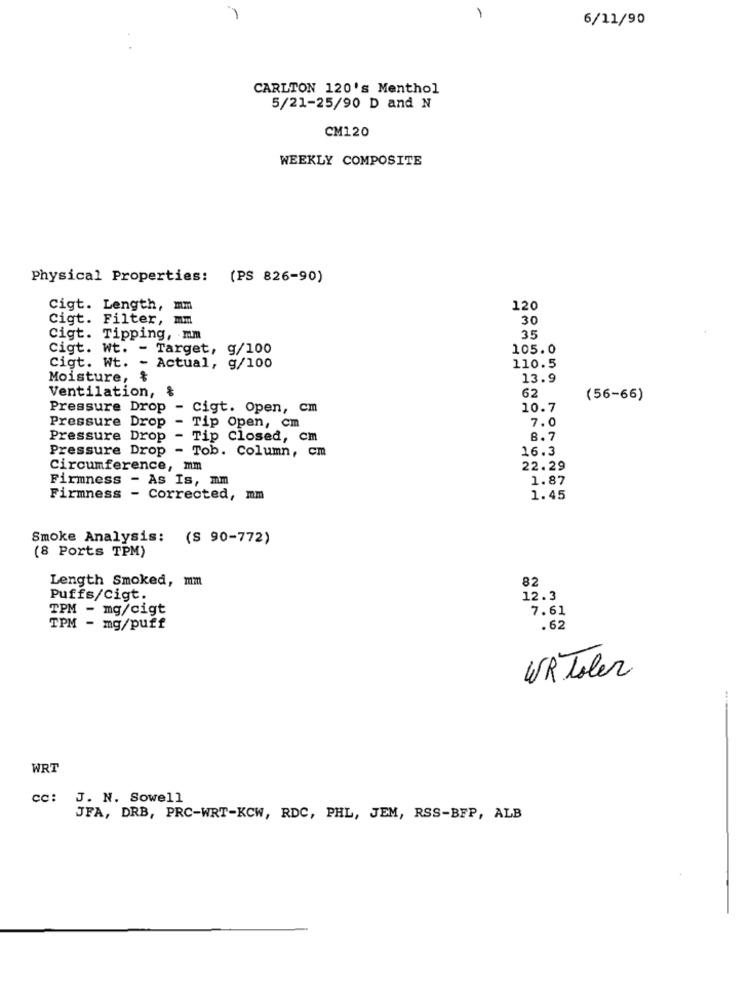
6/11/90
CARLTON 120's Menthol
5/21-25/90 D and N
CM120
WEEKLY COMPOSITE
Physical Properties: (PS 826-90)
Cigt. Length,
mm
120
Cigt. Filter, mm
30
Cigt. Tipping, mm
35
Cigt. Wt. - Target, g/100
105.0
Cigt. Wt. - Actual, g/100
110.5
Moisture,
13.9
Ventilation, &
62
(56-66)
Pressure Drop - Cigt. Open, cm
10.7
Tip Open, cm
7.0
Pressure Drop -
Pressure Drop - Tip Closed, cm
8.7
Pressure Drop - Tob. Column, cm
16.3
Circumference, mm
22.29
Firmness - As Is, mm
1.87
Firmness
- Corrected, mm
1.45
Smoke Analysis:
(S 90-772)
(8 Ports TPM)
Length Smoked, mm
82
Puffs/Cigt.
12.3
TPM - mg/cigt
7.61
TPM - mg/puff
.62
WR Toler
WRT
cc:
J. N. Sowell
JFA, DRB, PRC-WRT-KCW, RDC, PHL, JEM, RSS-BFP, ALB